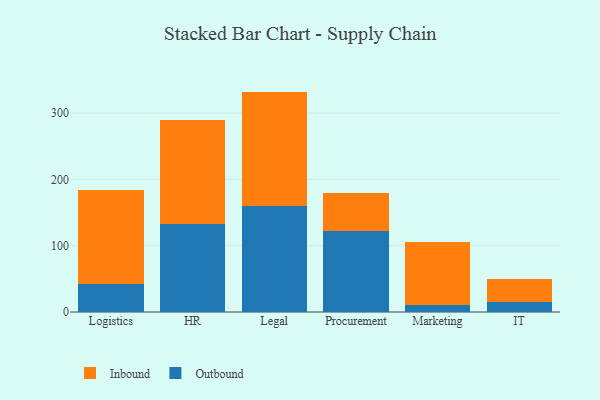
{"axis": {"x": "Department", "y": "Satisfaction Score"}, "legend": ["Inbound", "Outbound"], "data": [{"x": "Logistics", "y": 41.6, "type": "Outbound"}, {"x": "Logistics", "y": 142.2, "type": "Inbound"}, {"x": "HR", "y": 133.0, "type": "Outbound"}, {"x": "HR", "y": 156.1, "type": "Inbound"}, {"x": "Legal", "y": 160.6, "type": "Outbound"}, {"x": "Legal", "y": 171.8, "type": "Inbound"}, {"x": "Procurement", "y": 122.0, "type": "Outbound"}, {"x": "Procurement", "y": 57.6, "type": "Inbound"}, {"x": "Marketing", "y": 11.1, "type": "Outbound"}, {"x": "Marketing", "y": 94.0, "type": "Inbound"}, {"x": "IT", "y": 14.6, "type": "Outbound"}, {"x": "IT", "y": 34.6, "type": "Inbound"}]}